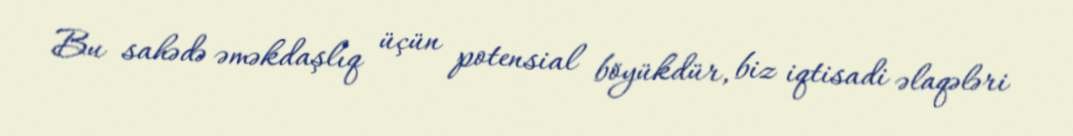
Bu sahədə əməkdaşlıq üçün potensial böyükdür, biz iqtisadi əlaqələri